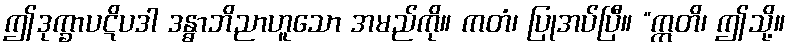
ဤဒုက္ခာပဋိပဒါ ဒန္ဓာဘိညာဟူသော အမည်ကို။ ကတံ၊ ပြုအပ်ပြီ။ “ဣတိ၊ ဤသို့။